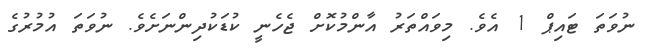
ނުވަތަ ޓައިޕް 1 އެވެ. މިވައްތަރު އާންމުކޮށް ޖެހެނީ ކުޑަކުދިންނަށެވެ. ނުވަތަ އުމުރުގެ